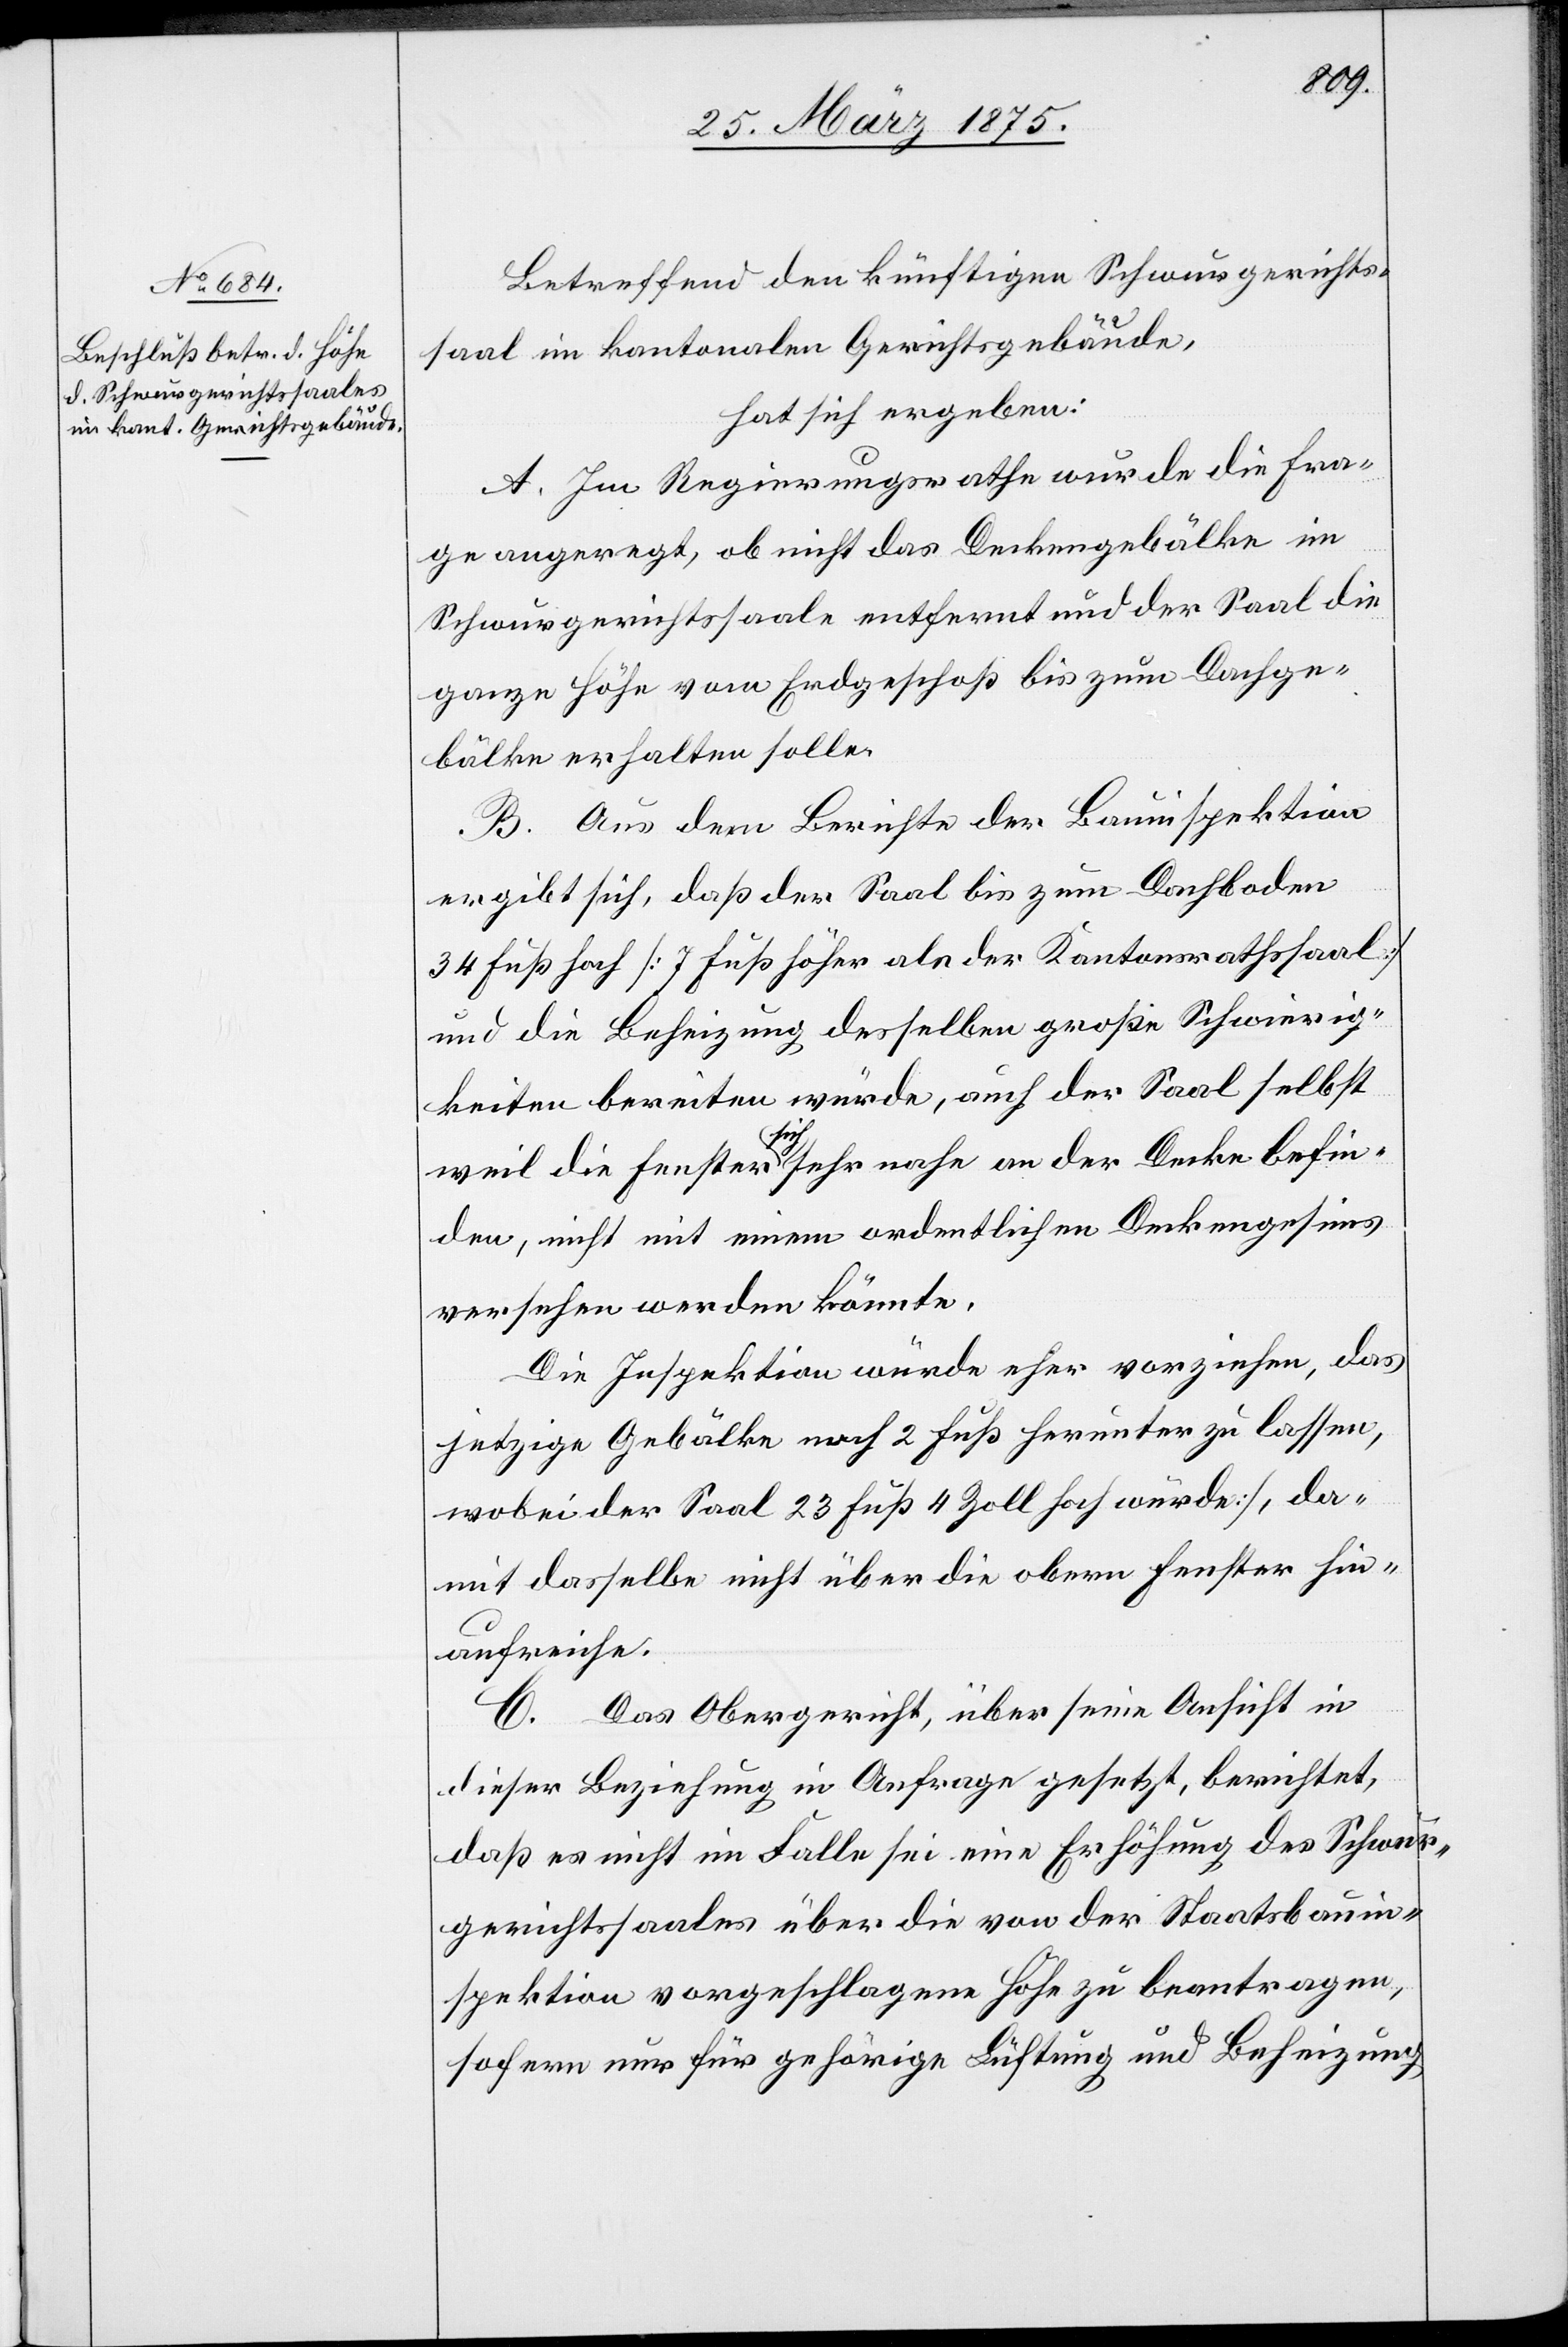
Betreffend den künftigen Schwurgerichts¬
saal im kantonalen Gerichtsgebäude,
hat sich ergeben:
A. Im Regierungsrathe wurde die Fra¬
ge angeregt, ob nicht das Deckengebälke im
Schwurgerichtssaale entfernt und der Saal die
ganze Höhe vom Erdgeschoß bis zum Dachge¬
bälke erhalten solle.
B. Aus dem Berichte der Bauinspektion
ergibt sich, daß der Saal bis zum Dachboden
34 Fuß hoch [7 Fuß höher als der Kantonsrathssaal]
und die Beheizung desselben große Schwierig¬
keiten bereiten würde, auch der Saal selbst
weil die Fenster a-sich-a sehr nahe an der Decke befin¬
den, nicht mit einem ordentlichen Deckengesims
versehen werden könnte.
Die Inspektion würde eher vorziehen, das
jetzige Gebälke noch 2 Fuß herunter zu lassen,
wobei der Saal 23 Fuß 4 Zoll hoch würde, da¬
mit dasselbe nicht über die obern Fenster hin¬
aufreiche.
C. Das Obergericht, über seine Aufsicht in
dieser Beziehung in anfrage gesetzt, berichtet,
daß es nicht im Falle sei eine Erhöhung des Schwur¬
gerichtssaales über die von der Staatsbauin¬
spektion vorgeschlagene Höhe zu beantragen,
sofern nur für gehörige Lüftung und Beheizung